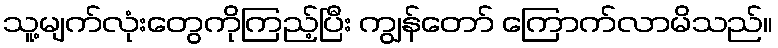
သူ့မျက်လုံးတွေကိုကြည့်ပြီး ကျွန်တော် ကြောက်လာမိသည်။